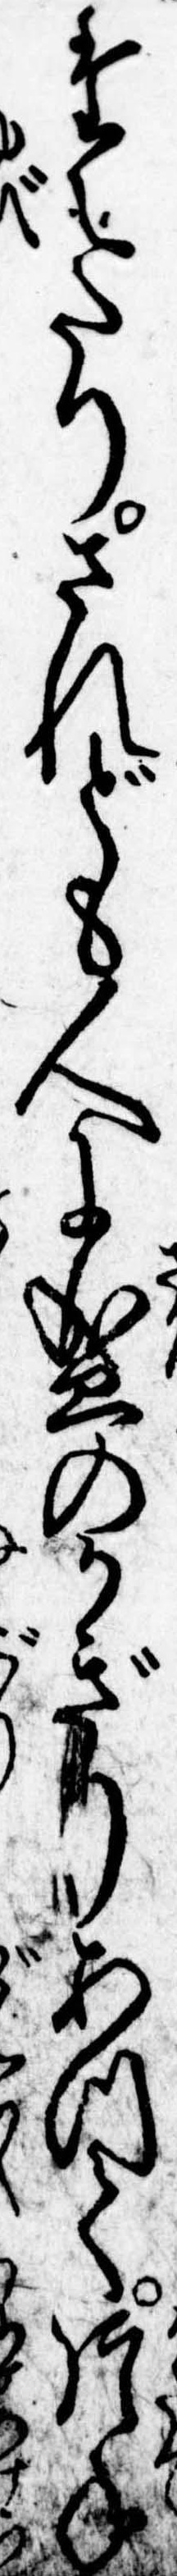
たえたりされども人に盛のかぎりあつて片手